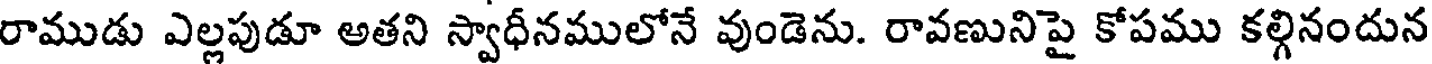
రాముడు ఎల్లపుడూ అతని స్వాధీనములోనే వుండెను. రావణునిపై కోపము కల్గినందున